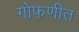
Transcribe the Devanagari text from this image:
गोफणीत